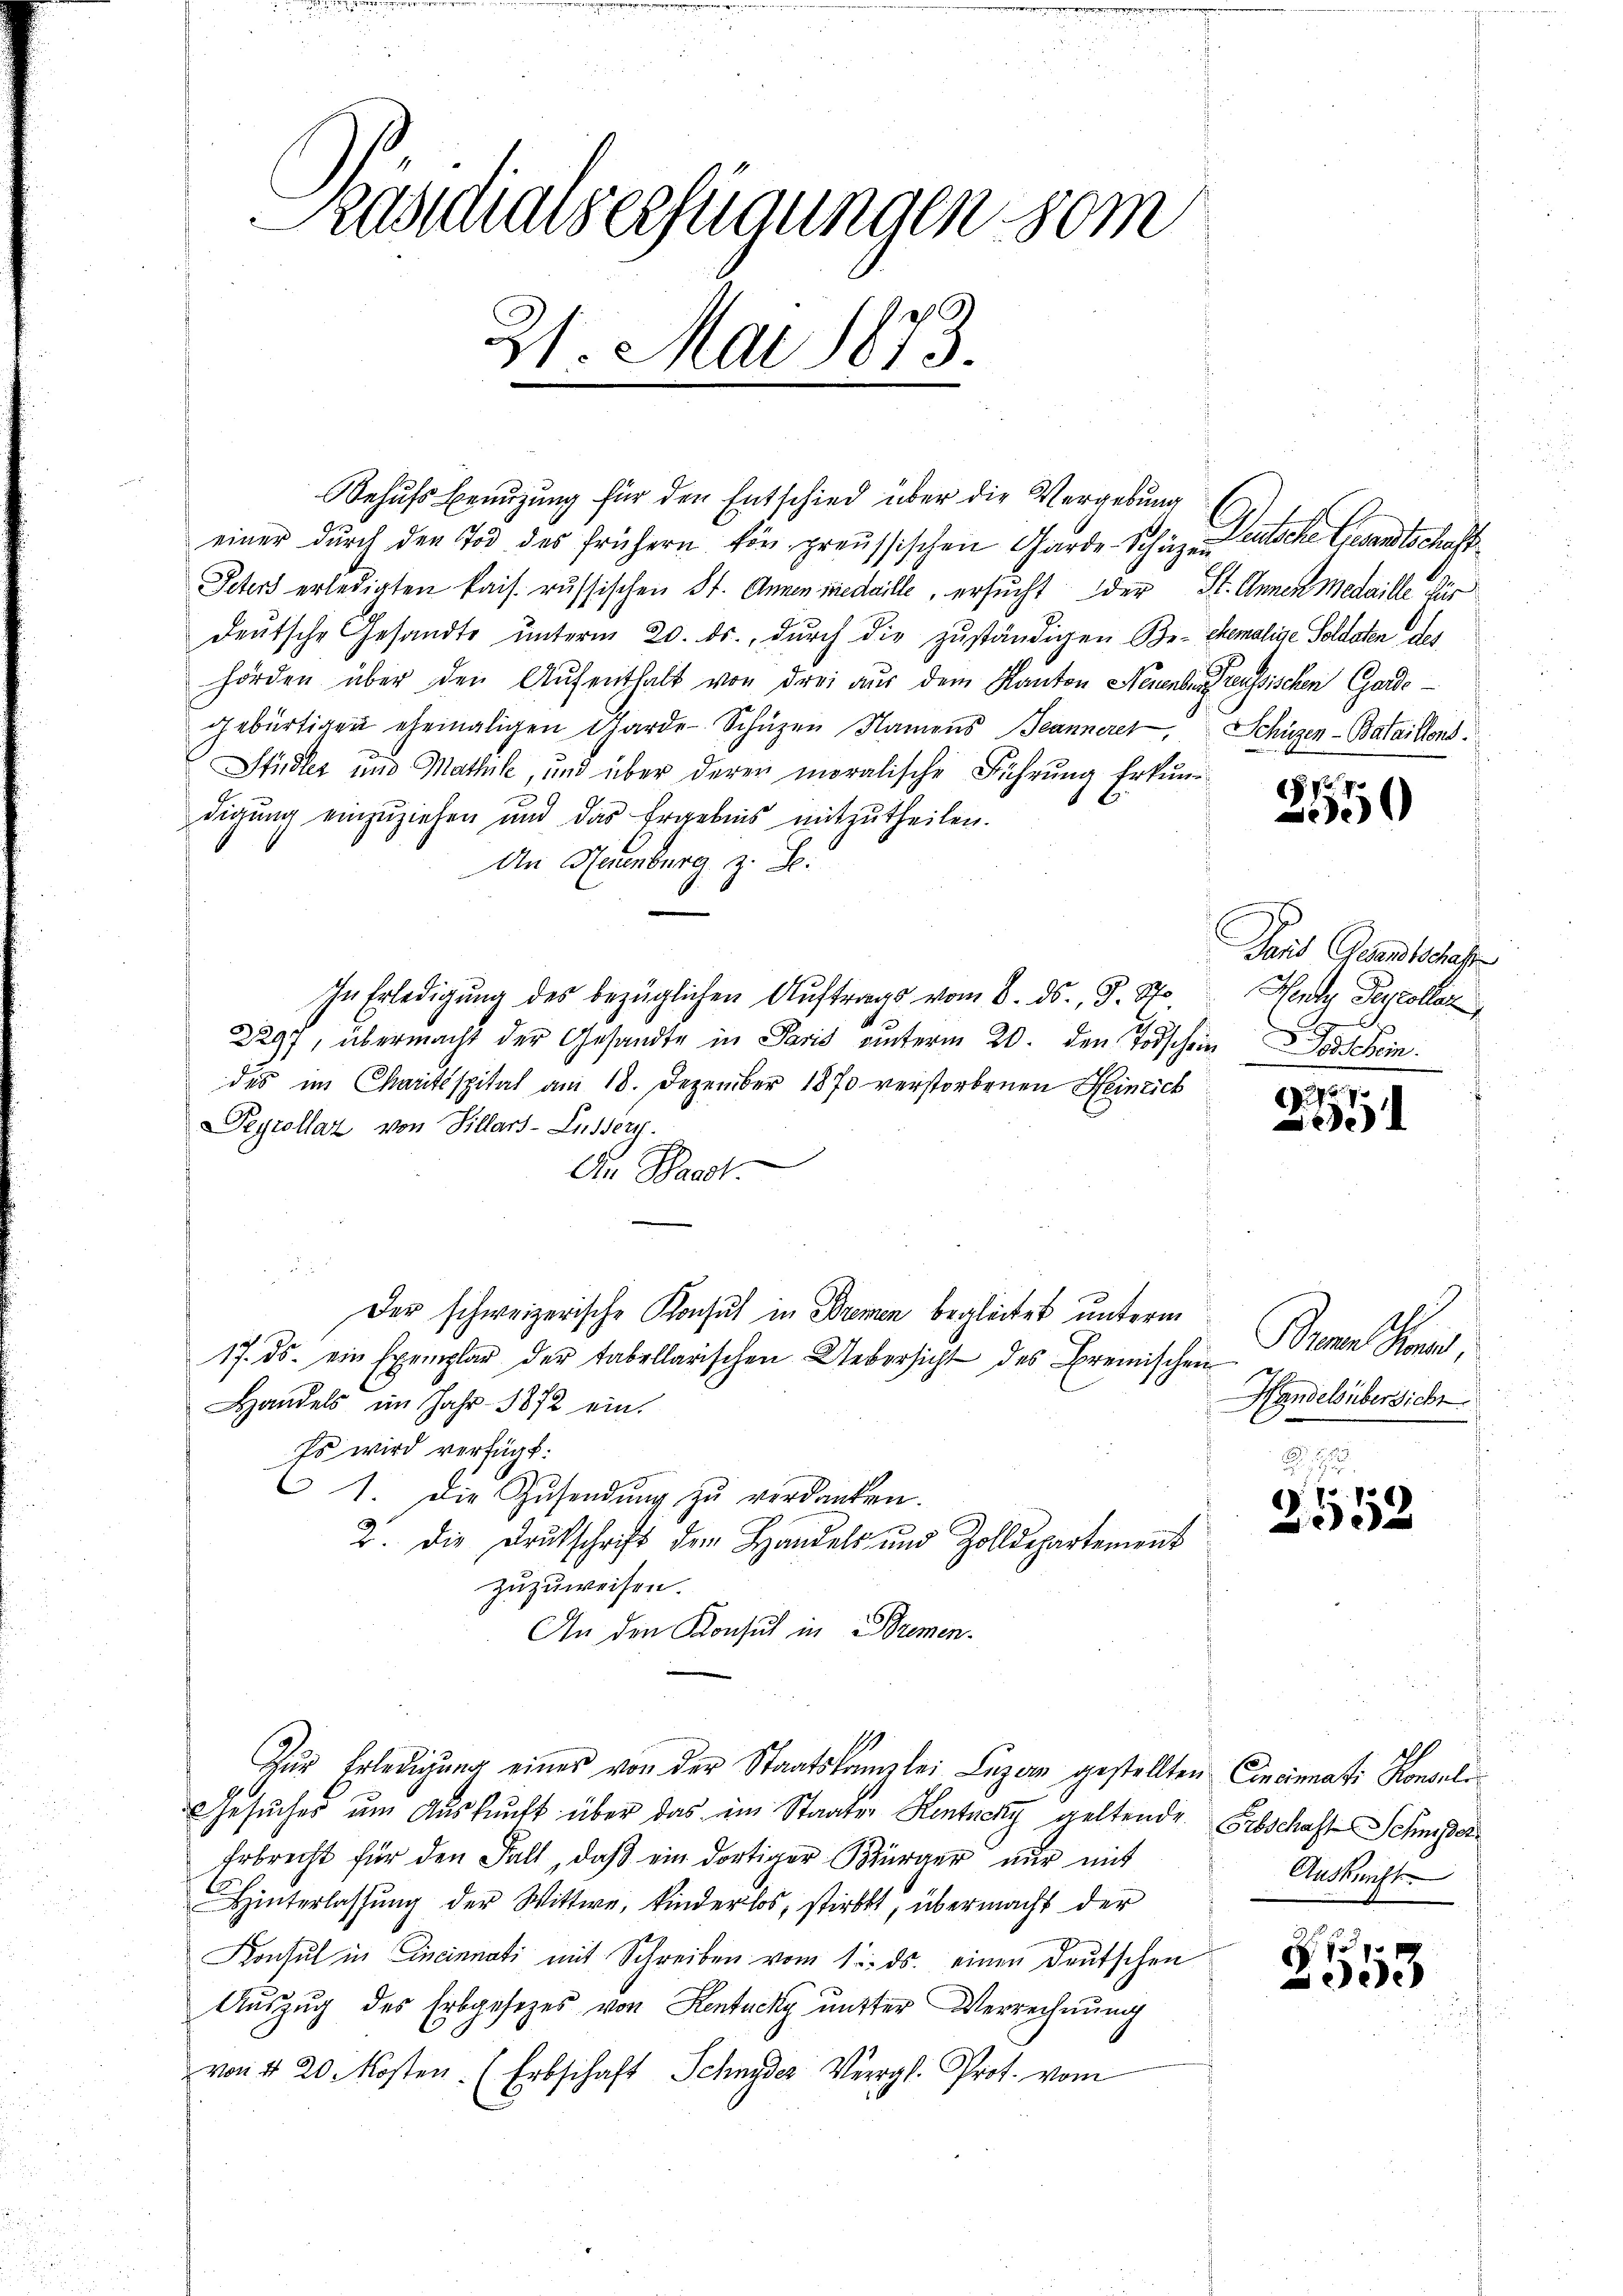
raschens erfügungen vom
21. Mai 1873.

Behufs Benuzung für den Entschied über die Vergebung
einer dŭrch den Tod des frühern für preussischen Garde Schüzen entsche Gesandtschaft
Peters erledigten kais. russischen St. Annenmedaille, ersucht der St. Annen Medaille dur
deŭtsche Gesandte ŭnterm 20. ds. dŭrch die zŭständigen Be- ehemalige Soldaten des
hörden über den Aŭfenthalt von drei aus dem Kanton Neuenbereussischen Gardegebürtigen ehemaligen Garde-Schüzen Namens Jeannerer, Schüzen-Bataillons.
Stidler und Mathile, und über deren moralische Führung Erkundigung einzuziehen und das Ergebnis mitzutheilen.
An Neuenburg z. B.
In Erledigung des bezüglichen Auftrags vom 8. ds., J. St.
2297, übermacht der Gesandte in Paris ŭnterm 20. den Todschein Geschein
des im Chartsspital am 18. Dezember 1870 verstorbenen Heinrich
Seyrollaz von Villars-Lusser.
a
An Waadt.
Der schweizerische Konsul in Bremen begleitet unterm
17. ds. ein Exemplar der tabellarischen Uebersicht des Bremischen
Handels im Jahr 1872 ein.
Es wird verfügt:
1. Die Zŭsendŭng zŭ verdanken.
2. die Druckschrift den Handels und Zolldepartement
zuzuweisen.
An den Konsul in Bremen¬
Zŭr Erledigŭng eines von der Staatskanzlei Lŭzern gestellten Cincinati Konsul
Gesŭcher ŭm Aŭskŭnft über das im Staaten Hentuck geltende Erbschaft Schmesser¬
Erbrecht für den Fall, daß ein dortiger Bürger nur mit
Hinterlassŭng der Wittwe, kinderlos, stirbt, übermacht der
Konsul in Cincinnati mit Schreiben vom 1. ds. einen Deutschen
Auszug des Erbgesezes von Kentucky untter Verrechnung
von § 20. Kosten 1 Erbschaft Schnyder Vergl. Prot. vom

Nr. 4
0

Fand Gesandtschaf
Nende Percollar

727
)

Bern Grund,
Handels übersicht

2552

ah
Auskunft

p
ede